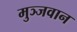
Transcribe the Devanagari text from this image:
मुञ्जवान